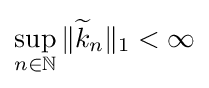
\sup _{n\in \mathbb {N} }\|{\widetilde {k}}_{n}\|_{1}<\infty